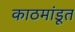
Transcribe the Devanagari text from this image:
काठमांडूत